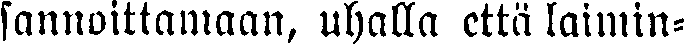
sannoittamaan, uhalla että laimin-